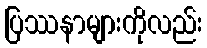
ပြဿနာများကိုလည်း